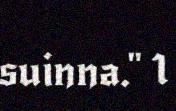
suinna." 1